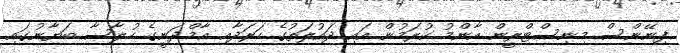
ފިނޭންސް މިނިސްޓްރީން އާންމު ކުރަމުން އައި ދައުލަތުގެ ހަރަދާއި އާމްދަނީގެ ހުލާސާ ބަޔާނުގައި